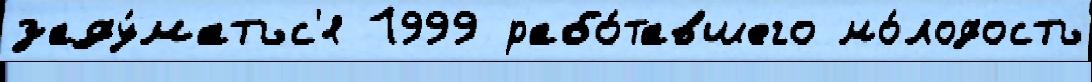
заду́матьс'я 1999 рабо́тавшего мо́лодость